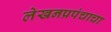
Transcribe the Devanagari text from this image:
लेखनप्रपंचाचा